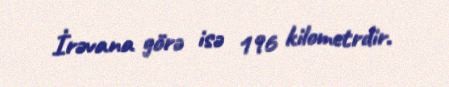
İrəvana görə isə 196 kilometrdir.